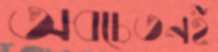
অবচেতনই